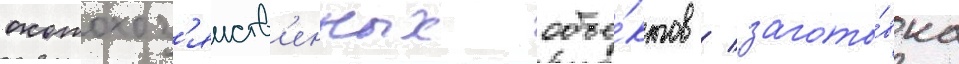
охотохоз'яиств'енных объе́ктов / загото́вка